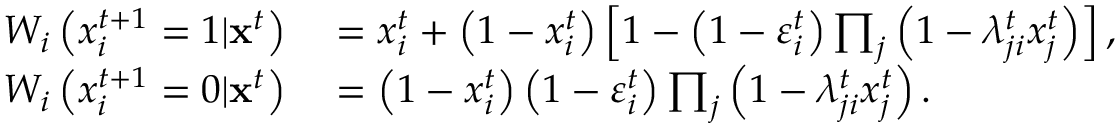
\begin{array} { r l } { W _ { i } \left( x _ { i } ^ { t + 1 } = 1 | { \bf x } ^ { t } \right) } & { { } = x _ { i } ^ { t } + \left( 1 - x _ { i } ^ { t } \right) \left[ 1 - \left( 1 - \varepsilon _ { i } ^ { t } \right) \prod _ { j } \left( 1 - \lambda _ { j i } ^ { t } x _ { j } ^ { t } \right) \right] , } \\ { W _ { i } \left( x _ { i } ^ { t + 1 } = 0 | { \bf x } ^ { t } \right) } & { { } = \left( 1 - x _ { i } ^ { t } \right) \left( 1 - \varepsilon _ { i } ^ { t } \right) \prod _ { j } \left( 1 - \lambda _ { j i } ^ { t } x _ { j } ^ { t } \right) . } \end{array}